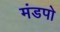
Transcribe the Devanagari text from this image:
मंडपो